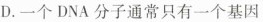
DNA分子D.一个DNA分子通常只有一个基因